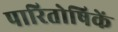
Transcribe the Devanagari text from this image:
पारितोषिकें